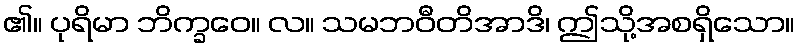
၏။ ပုရိမာ ဘိက္ခဝေ။ လ။ သမဘဝီတိအာဒိ၊ ဤသို့အစရှိသော။